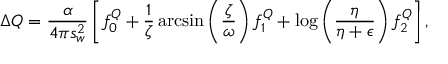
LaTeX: \Delta Q = \frac { \alpha } { 4 \pi s _ { w } ^ { 2 } } \left[ f _ { 0 } ^ { Q } + \frac { 1 } { \zeta } \arcsin \left( \frac { \zeta } { \omega } \right) f _ { 1 } ^ { Q } + \log \left( \frac { \eta } { \eta + \epsilon } \right) f _ { 2 } ^ { Q } \right] ,